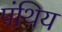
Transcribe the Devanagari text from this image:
पंथिय